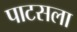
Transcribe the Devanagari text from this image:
पाटसला